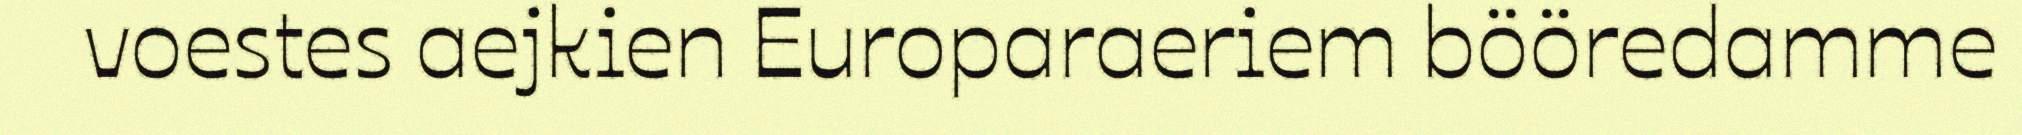
voestes aejkien Europaraeriem bööredamme